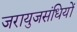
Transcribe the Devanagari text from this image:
जरायुजसंधियों